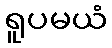
ရူပမယံ